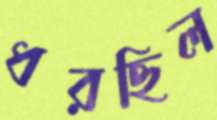
ধরছিল